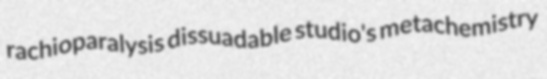
rachioparalysis dissuadable studio's metachemistry